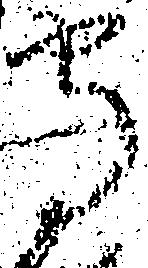
守